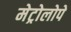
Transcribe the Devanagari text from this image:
मेट्रोलोपे